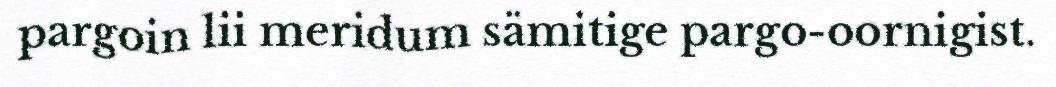
pargoin lii meridum sämitige pargo-oornigist.